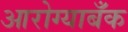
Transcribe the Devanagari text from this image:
आरोग्याबँक